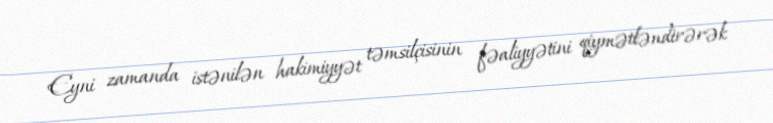
Eyni zamanda istənilən hakimiyyət təmsilçisinin fəaliyyətini qiymətləndirərək